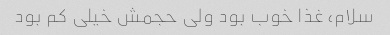
سلام، غذا خوب بود ولی حجمش خیلی کم بود